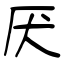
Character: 厌